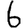
Digit: 6